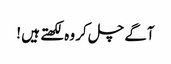
آگے چل کر وہ لکھتے ہیں !